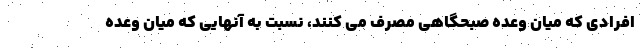
افرادی که میان وعده صبحگاهی مصرف می کنند، نسبت به آنهایی که میان وعده